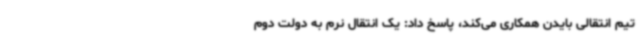
تیم انتقالی بایدن همکاری می‌کند، پاسخ داد: یک انتقال نرم به دولت دوم